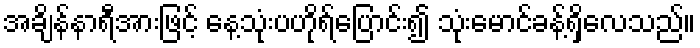
အချိန်နာရီအားဖြင့် နေ့သုံးပဟိုရ်ပြောင်း၍ သုံးမောင်ခန့်ရှိလေသည်။